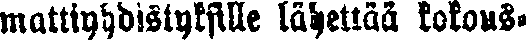
mattiyhdistyksille lähettää kokous-